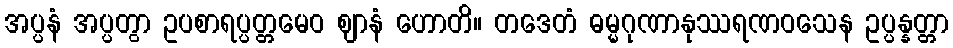
အပ္ပနံ အပ္ပတွာ ဥပစာရပ္ပတ္တမေဝ ဈာနံ ဟောတိ။ တဒေတံ ဓမ္မဂုဏာနုဿရဏဝသေန ဥပ္ပန္နတ္တာ